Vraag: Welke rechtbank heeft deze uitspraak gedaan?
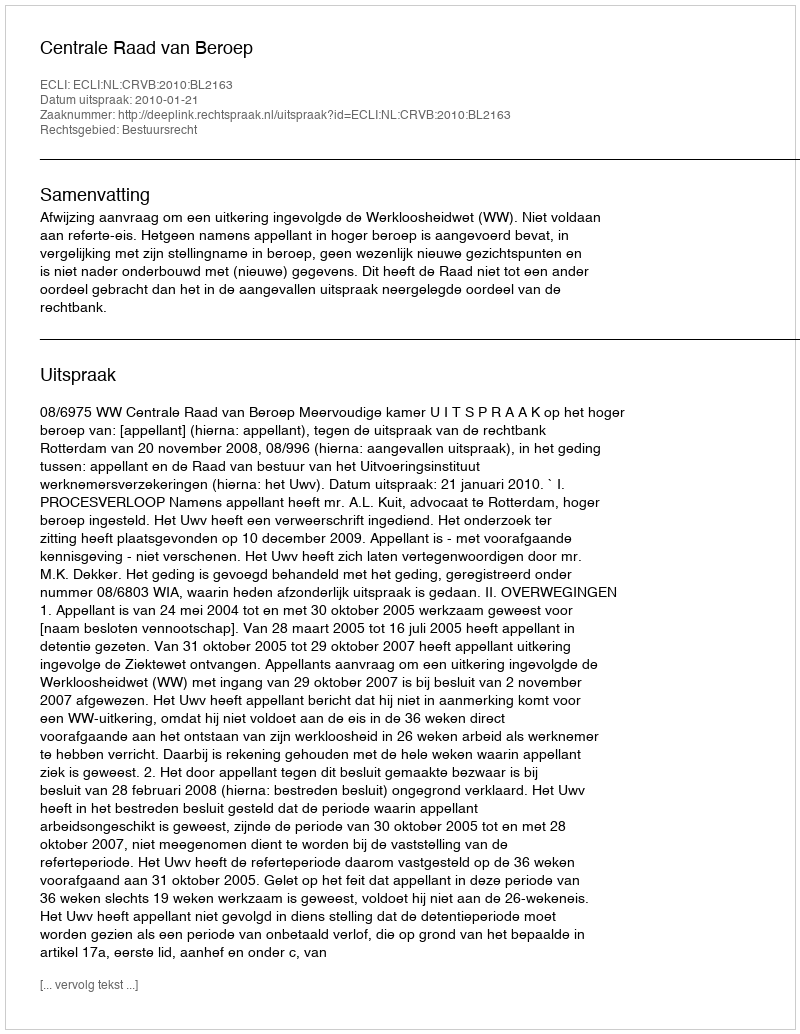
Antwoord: Centrale Raad van Beroep